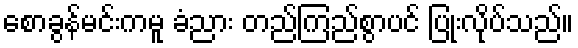
စောခွန်မင်းကမူ ခံညား တည်ကြည်စွာပင် ပြုံးလိုပ်သည်။